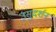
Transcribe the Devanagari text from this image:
उसुदर्शन